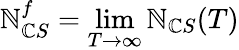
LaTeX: \mathbb{N}_{\mathbb{C}S}^{f}=\operatorname*{lim}_{T\rightarrow\infty}\mathbb{N}_{\mathbb{C}S}(T)